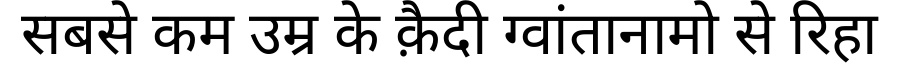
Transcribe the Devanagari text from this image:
सबसे कम उम्र के क़ैदी ग्वांतानामो से रिहा